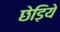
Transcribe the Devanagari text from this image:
छेड़िये